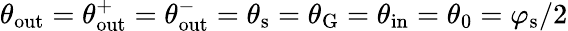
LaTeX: \theta_{\mathrm{out}}=\theta_{\mathrm{out}}^{+}=\theta_{\mathrm{out}}^{-}=\theta_{\mathrm{s}}=\theta_{\mathrm{G}}=\theta_{\mathrm{in}}=\theta_{0}=\varphi_{\mathrm{s}}/2